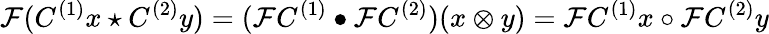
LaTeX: {\mathcal{F}}(C^{(1)}x\star C^{(2)}y)=({\mathcal{F}}C^{(1)}\bullet{\mathcal{F}}C^{(2)})(x\otimes y)={\mathcal{F}}C^{(1)}x\circ{\mathcal{F}}C^{(2)}y